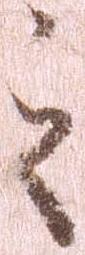
之